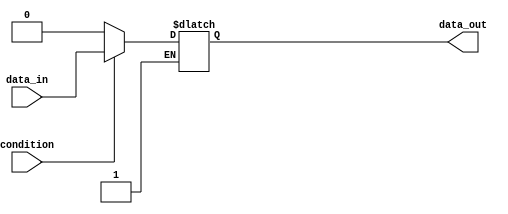
module conditional_statement (
    input condition,
    input data_in,
    output reg data_out
);

always @*
begin
    if (condition) begin
        // Execute this block of code if condition is true
        data_out <= data_in;
    end
    else if (~condition) begin
        // Execute this block of code if negation of condition is true
        data_out <= 0; // Example action
    end
end

endmodule